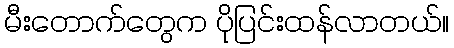
မီးတောက်တွေက ပိုပြင်းထန်လာတယ်။